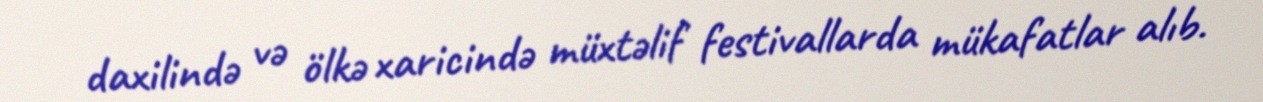
daxilində və ölkə xaricində müxtəlif festivallarda mükafatlar alıb.